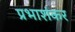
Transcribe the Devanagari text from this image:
प्रभाशंकर